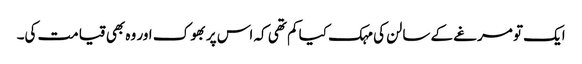
ایک تو مرغے کے سالن کی مہک کیا کم تھی کہ اس پر بھوک اور وہ بھی قیامت کی۔